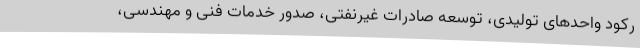
رکود واحدهای تولیدی، توسعه صادرات غیرنفتی، صدور خدمات فنی و مهندسی،